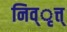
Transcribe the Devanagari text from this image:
निव्ृत्त्